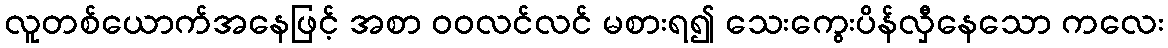
လူတစ်ယောက်အနေဖြင့် အစာ ဝဝလင်လင် မစားရ၍ သေးကွေးပိန်လှီနေသော ကလေး